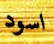
اسود